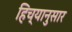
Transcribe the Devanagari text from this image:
हिच्यानुसार